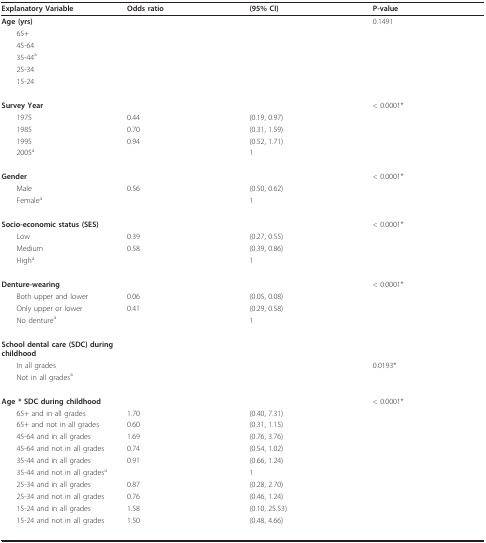
<table><thead><tr><td><b>Explanatory Variable</b></td><td><b>Odds ratio</b></td><td><b>(95% CI)</b></td><td><b>P-value</b></td></tr></thead><tbody><tr><td><b>Age (yrs)</b></td><td></td><td></td><td>0.1491</td></tr><tr><td> 65+</td><td></td><td></td><td></td></tr><tr><td> 45-64</td><td></td><td></td><td></td></tr><tr><td> 35-44<sup>a</sup></td><td></td><td></td><td></td></tr><tr><td> 25-34</td><td></td><td></td><td></td></tr><tr><td> 15-24</td><td></td><td></td><td></td></tr><tr><td><b>Survey Year</b></td><td></td><td></td><td>&lt; 0.0001*</td></tr><tr><td> 1975</td><td>0.44</td><td>(0.19, 0.97)</td><td></td></tr><tr><td> 1985</td><td>0.70</td><td>(0.31, 1.59)</td><td></td></tr><tr><td> 1995</td><td>0.94</td><td>(0.52, 1.71)</td><td></td></tr><tr><td> 2005<sup>a</sup></td><td></td><td>1</td><td></td></tr><tr><td><b>Gender</b></td><td></td><td></td><td>&lt; 0.0001*</td></tr><tr><td> Male</td><td>0.56</td><td>(0.50, 0.62)</td><td></td></tr><tr><td> Female<sup>a</sup></td><td></td><td>1</td><td></td></tr><tr><td><b>Socio-economic status (SES)</b></td><td></td><td></td><td>&lt; 0.0001*</td></tr><tr><td> Low</td><td>0.39</td><td>(0.27, 0.55)</td><td></td></tr><tr><td> Medium</td><td>0.58</td><td>(0.39, 0.86)</td><td></td></tr><tr><td> High<sup>a</sup></td><td></td><td>1</td><td></td></tr><tr><td><b>Denture-wearing</b></td><td></td><td></td><td>&lt; 0.0001*</td></tr><tr><td> Both upper and lower</td><td>0.06</td><td>(0.05, 0.08)</td><td></td></tr><tr><td> Only upper or lower</td><td>0.41</td><td>(0.29, 0.58)</td><td></td></tr><tr><td> No denture<sup>a </sup></td><td></td><td>1</td><td></td></tr><tr><td><b>School dental care (SDC) during childhood</b></td><td></td><td></td><td></td></tr><tr><td> In all grades</td><td></td><td></td><td>0.0193*</td></tr><tr><td> Not in all grades<sup>a</sup></td><td></td><td></td><td></td></tr><tr><td><b>Age * SDC during childhood</b></td><td></td><td></td><td>&lt; 0.0001*</td></tr><tr><td> 65+ and in all grades</td><td>1.70</td><td>(0.40, 7.31)</td><td></td></tr><tr><td> 65+ and not in all grades</td><td>0.60</td><td>(0.31, 1.15)</td><td></td></tr><tr><td> 45-64 and in all grades</td><td>1.69</td><td>(0.76, 3.76)</td><td></td></tr><tr><td> 45-64 and not in all grades</td><td>0.74</td><td>(0.54, 1.02)</td><td></td></tr><tr><td> 35-44 and in all grades</td><td>0.91</td><td>(0.66, 1.24)</td><td></td></tr><tr><td> 35-44 and not in all grades<sup>a</sup></td><td></td><td>1</td><td></td></tr><tr><td> 25-34 and in all grades</td><td>0.87</td><td>(0.28, 2.70)</td><td></td></tr><tr><td> 25-34 and not in all grades</td><td>0.76</td><td>(0.46, 1.24)</td><td></td></tr><tr><td> 15-24 and in all grades</td><td>1.58</td><td>(0.10, 25.53)</td><td></td></tr><tr><td> 15-24 and not in all grades</td><td>1.50</td><td>(0.48, 4.66)</td><td></td></tr></tbody></table>